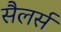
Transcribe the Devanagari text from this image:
सैलर्स